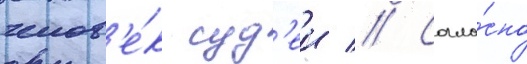
челов'е́к суд'еи // Согла́сно